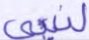
لنبي